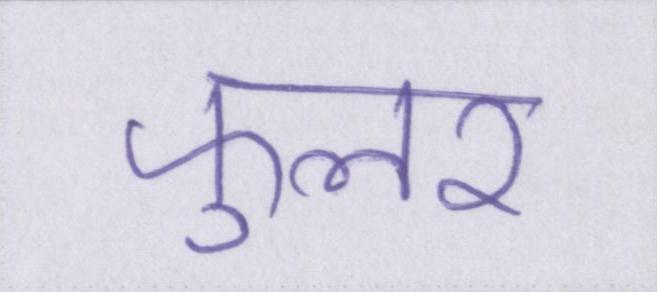
फुलर